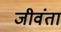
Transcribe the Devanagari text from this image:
जीवंता